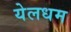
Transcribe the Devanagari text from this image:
येलधम